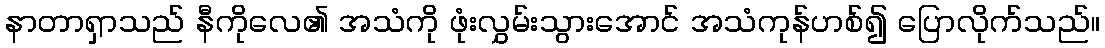
နာတာရှာသည် နီကိုလေ၏ အသံကို ဖုံးလွှမ်းသွားအောင် အသံကုန်ဟစ်၍ ပြောလိုက်သည်။